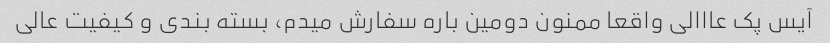
آیس پک عااالی واقعا ممنون دومین باره سفارش میدم، بسته بندی و کیفیت عالی